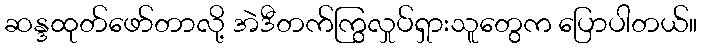
ဆန္ဒထုတ်ဖော်တာလို့ အဲဒီတက်ကြွလှုပ်ရှားသူတွေက ပြောပါတယ်။